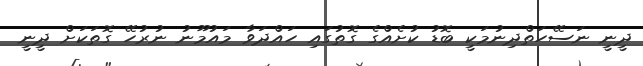
ދީނީ ނަސޭހަތްދިނުމަކީ ބޮޑު ކުށެއްގެ ގޮތުގައި ހައްދަވާ މައުމޫނު ނުރުހޭ ގޮތަކަށް ދީނީ